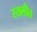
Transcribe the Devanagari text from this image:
स्ख्लीत